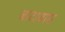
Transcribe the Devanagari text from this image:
जाटावास